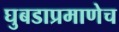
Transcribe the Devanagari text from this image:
घुबडाप्रमाणेच